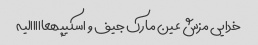
خدایی مزش عین مارک جیف و اسکیپهعااااالیه